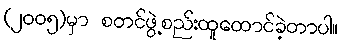
(၂၀၀၅)မှာ စတင်ဖွဲ့စည်းထူထောင်ခဲ့တာပါ။